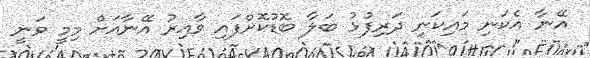
އޭނާ އެކަނި މައިކަނި ދަރިފުޅު ބަލާ ބޮޑުކޮށްފައި ވާއިރު އޭނާއަށް މިމީ ވަނީ